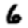
Digit: 6